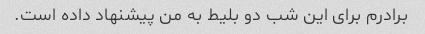
برادرم برای این شب دو بلیط به من پیشنهاد داده است.